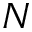
N